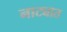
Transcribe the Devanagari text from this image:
नाट्यात